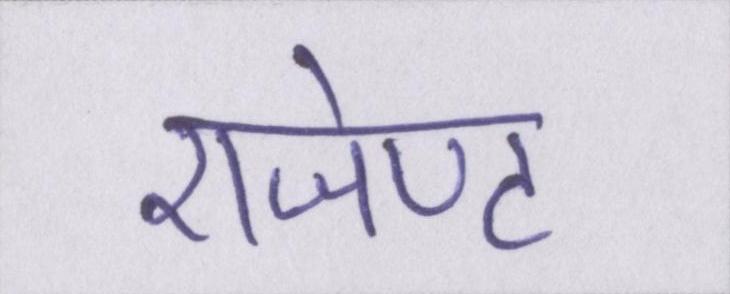
एजेण्ट